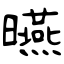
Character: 曣